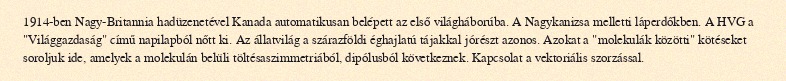
1914-ben Nagy-Britannia hadüzenetével Kanada automatikusan belépett az első világháborúba. A Nagykanizsa melletti láperdőkben. A HVG a "Világgazdaság" című napilapból nőtt ki. Az állatvilág a szárazföldi éghajlatú tájakkal jórészt azonos. Azokat a "molekulák közötti" kötéseket soroljuk ide, amelyek a molekulán belüli töltésaszimmetriából, dipólusból következnek. Kapcsolat a vektoriális szorzással.